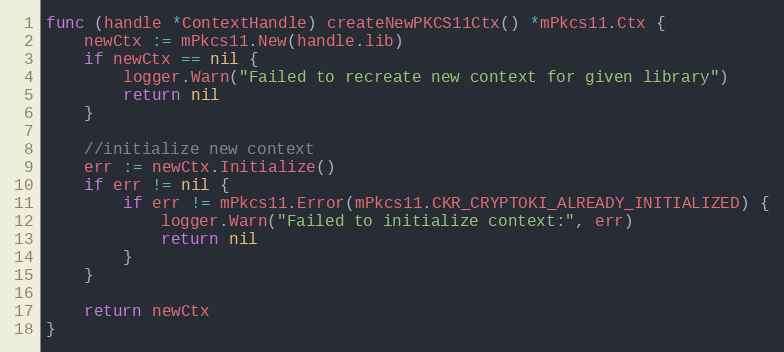
Language: Go
func (handle *ContextHandle) createNewPKCS11Ctx() *mPkcs11.Ctx {
	newCtx := mPkcs11.New(handle.lib)
	if newCtx == nil {
		logger.Warn("Failed to recreate new context for given library")
		return nil
	}

	//initialize new context
	err := newCtx.Initialize()
	if err != nil {
		if err != mPkcs11.Error(mPkcs11.CKR_CRYPTOKI_ALREADY_INITIALIZED) {
			logger.Warn("Failed to initialize context:", err)
			return nil
		}
	}

	return newCtx
}